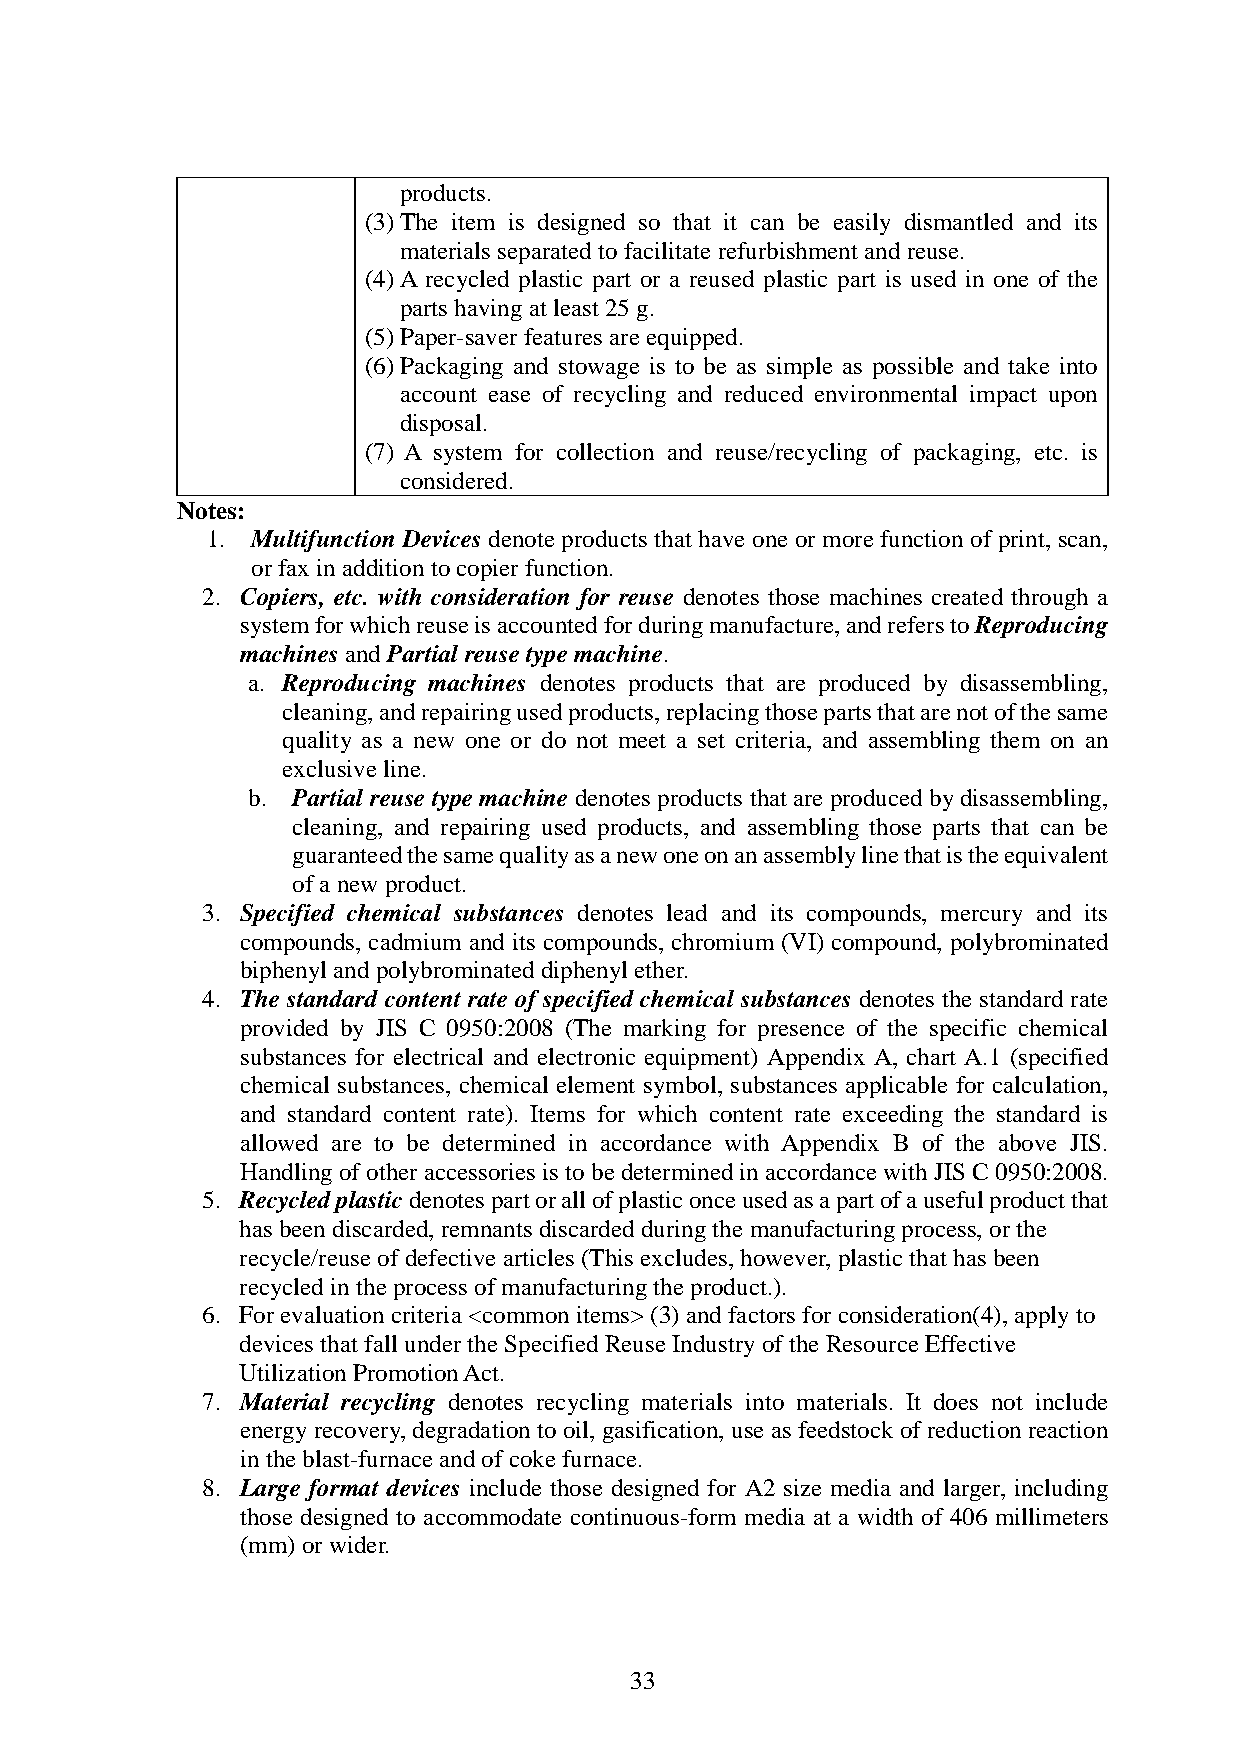
products.
 (3) The item is designed so that it can be easily dismantled and its
 materials separated to facilitate refurbishment and reuse.
 (4) A recycled plastic part or a reused plastic part is used in one of the
 parts having at least 25 g.
 (5) Paper-saver features are equipped.
 (6) Packaging and stowage is to be as simple as possible and take into
 account ease of recycling and reduced environmental impact upon
 disposal.
 (7) A system for collection and reuse/recycling of packaging, etc. is
 considered.
 Notes:
 1. Multifunction Devices denote products that have one or more function of print, scan,
 or fax in addition to copier function.
 2. Copiers, etc. with consideration for reuse denotes those machines created through a
 system for which reuse is accounted for during manufacture, and refers to Reproducing
 machines and Partial reuse type machine.
 a. Reproducing machines denotes products that are produced by disassembling,
 cleaning, and repairing used products, replacing those parts that are not of the same
 quality as a new one or do not meet a set criteria, and assembling them on an
 exclusive line.
 b. Partial reuse type machine denotes products that are produced by disassembling,
 cleaning, and repairing used products, and assembling those parts that can be
 guaranteed the same quality as a new one on an assembly line that is the equivalent
 of a new product.
 3. Specified chemical substances denotes lead and its compounds, mercury and its
 compounds, cadmium and its compounds, chromium (VI) compound, polybrominated
 biphenyl and polybrominated diphenyl ether.
 4. The standard content rate of specified chemical substances denotes the standard rate
 provided by JIS C 0950:2008 (The marking for presence of the specific chemical
 substances for electrical and electronic equipment) Appendix A, chart A.1 (specified
 chemical substances, chemical element symbol, substances applicable for calculation,
 and standard content rate). Items for which content rate exceeding the standard is
 allowed are to be determined in accordance with Appendix B of the above JIS.
 Handling of other accessories is to be determined in accordance with JIS C 0950:2008.
 5. Recycled plastic denotes part or all of plastic once used as a part of a useful product that
 has been discarded, remnants discarded during the manufacturing process, or the
 recycle/reuse of defective articles (This excludes, however, plastic that has been
 recycled in the process of manufacturing the product.).
 6. For evaluation criteria <common items> (3) and factors for consideration(4), apply to
 devices that fall under the Specified Reuse Industry of the Resource Effective
 Utilization Promotion Act.
 7. Material recycling denotes recycling materials into materials. It does not include
 energy recovery, degradation to oil, gasification, use as feedstock of reduction reaction
 in the blast-furnace and of coke furnace.
 8. Large format devices include those designed for A2 size media and larger, including
 those designed to accommodate continuous-form media at a width of 406 millimeters
 (mm) or wider.
 33